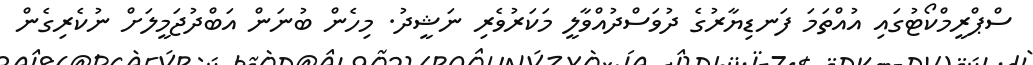
ސްޕްރީމްކޯޓުގައި އުއްތަމަ ފަނޑިޔާރުގެ ދުވަސްދުއްވާލީ މަކަރުވެރި ނަޝީދު. މިހެން ބުނަން އަބްދުޖަމީލަށް ނުކެރިގެން